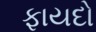
ફાયદો